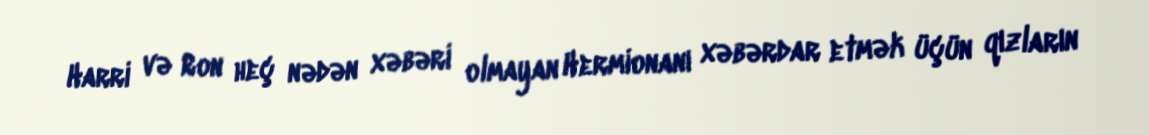
Harri və Ron heç nədən xəbəri olmayan Hermionanı xəbərdar etmək üçün qızların